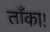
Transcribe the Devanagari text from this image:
ताँका।